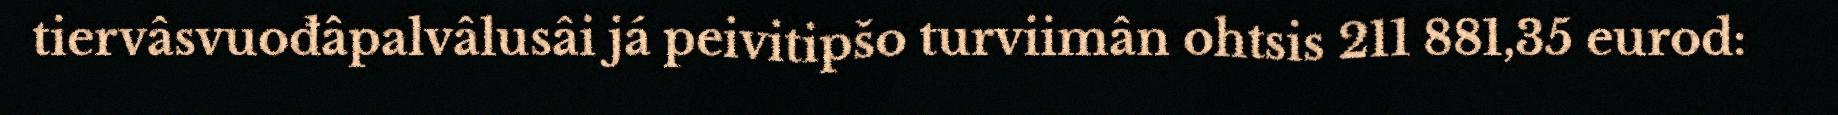
tiervâsvuođâpalvâlusâi já peivitipšo turviimân ohtsis 211 881,35 eurod: